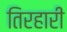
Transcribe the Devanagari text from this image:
तिरहारी